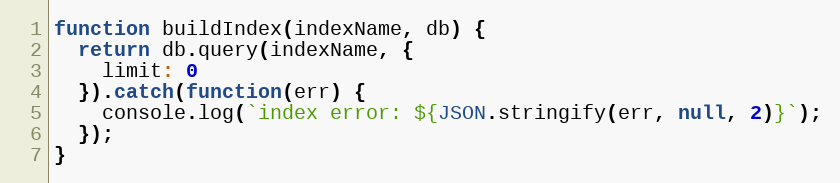
Language: JavaScript
function buildIndex(indexName, db) {
  return db.query(indexName, {
    limit: 0
  }).catch(function(err) {
    console.log(`index error: ${JSON.stringify(err, null, 2)}`);
  });
}